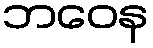
ဘဝေန